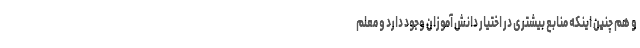
و هم چنین اینکه منابع بیشتری در اختیار دانش آموزان وجود دارد و معلم